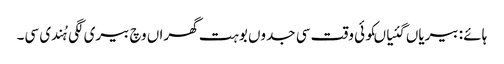
ہائے : بیریاں گئیاںکوئی وقت سی جدوں بوہت گھراں وچ بیری لگی ہُندی سی۔